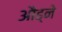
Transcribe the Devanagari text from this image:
औढ्ने